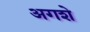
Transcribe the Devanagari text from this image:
अगशे